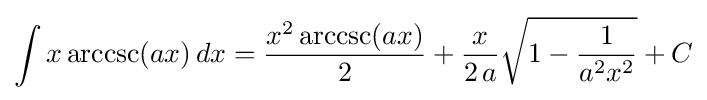
\int x\operatorname {arccsc}(ax)\,dx={\frac {x^{2}\operatorname {arccsc}(ax)}{2}}+{\frac {x}{2\,a}}{\sqrt {1-{\frac {1}{a^{2}x^{2}}}}}+C